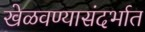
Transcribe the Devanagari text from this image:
खेळवण्यासंदर्भात